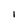
Character: I